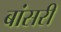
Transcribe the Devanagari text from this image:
बांसरी